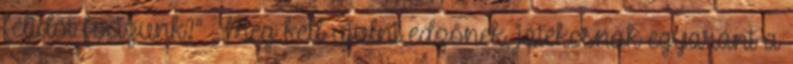
félidőt focizunk?” „Meg kell újulni edzőnek, játékosnak egyaránt a